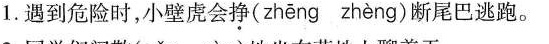
1. 遇到危险时，小壁虎会挣( zheng zheng )断尾巴逃跑。